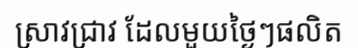
ស្រាវជ្រាវ ដែលមួយថ្ងៃៗផលិត